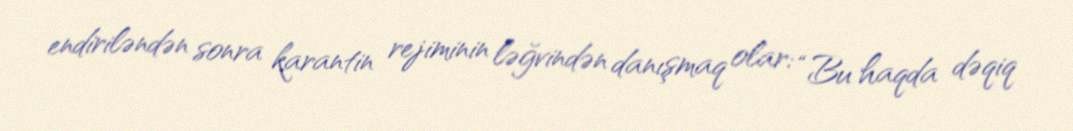
endiriləndən sonra karantin rejiminin ləğvindən danışmaq olar: “Bu haqda dəqiq